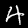
Digit: 4